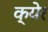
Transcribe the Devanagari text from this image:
क्येर